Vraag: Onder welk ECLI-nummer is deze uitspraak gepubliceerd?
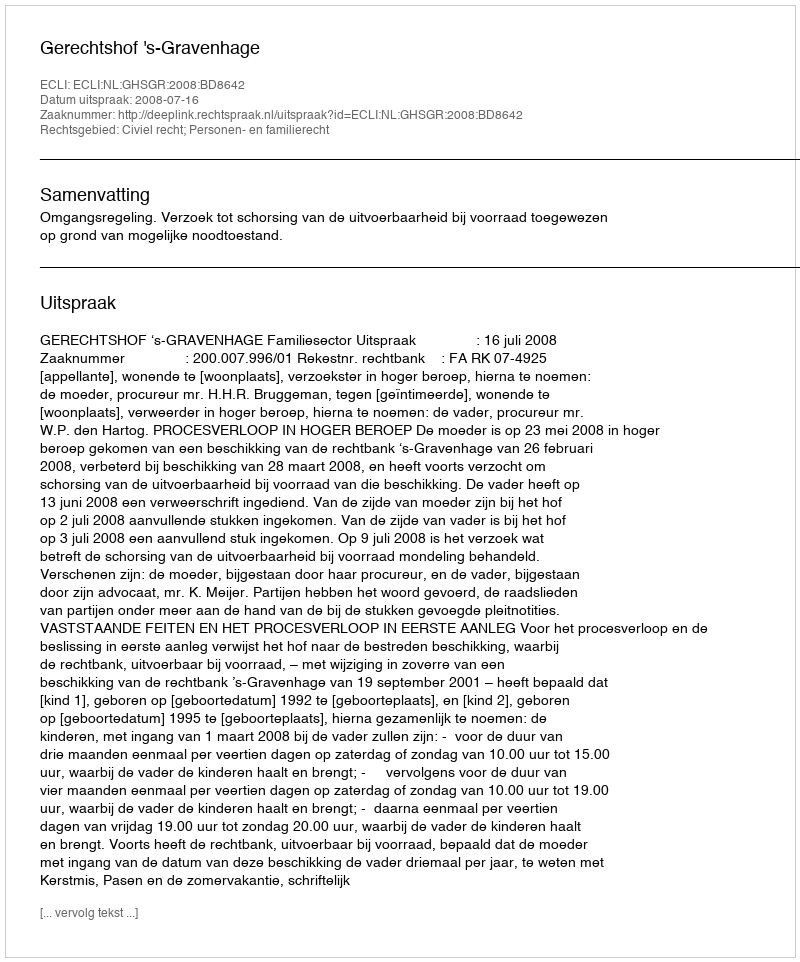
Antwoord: ECLI:NL:GHSGR:2008:BD8642